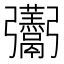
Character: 𮫛